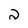
Character: 2